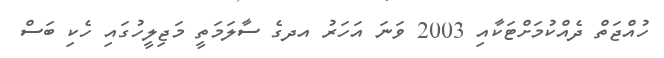
ހުއްޖަތް ދެއްކުމަށްޓަކާއި 2003 ވަނަ އަހަރު އދގެ ސާލަމަތީ މަޖިލީހުގައި ހެކި ބަސް